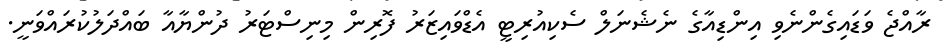
ރާއްޖެ ވަޑައިގެންނެވި އިންޑިއާގެ ނެޝެނަލް ސެކިއުރިޓީ އެޑްވައިޒަރު ފޮރިން މިނިސްޓަރު ދުންޔާއާ ބައްދަލުކުރައްވަނީ.